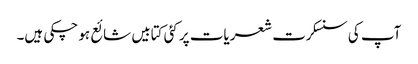
آپ کی سنسکرت شعریات پر کئی کتابیں شائع ہو چکی ہیں۔